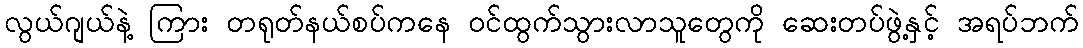
လွယ်ဂျယ်နဲ့ ကြား တရုတ်နယ်စပ်ကနေ ဝင်ထွက်သွားလာသူတွေကို ဆေးတပ်ဖွဲ့နှင့် အရပ်ဘက်